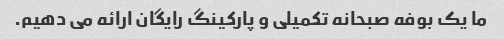
ما یک بوفه صبحانه تکمیلی و پارکینگ رایگان ارائه می دهیم.